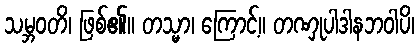
သမ္ဘဝတိ၊ ဖြစ်၏။ တသ္မာ၊ ကြောင့်။ တဏှုပါဒါနဘဝါပိ၊